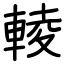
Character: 輘